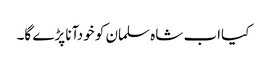
﻿﻿ کیااب شاہ سلمان کو خودآنا پڑے گا۔